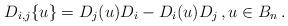
LaTeX: \begin{align*}D_{i,j}\{u\}=D_j(u)D_i-D_i(u)D_j\,, u \in B_n\,.\end{align*}